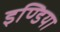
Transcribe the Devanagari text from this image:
इण्‍डिया